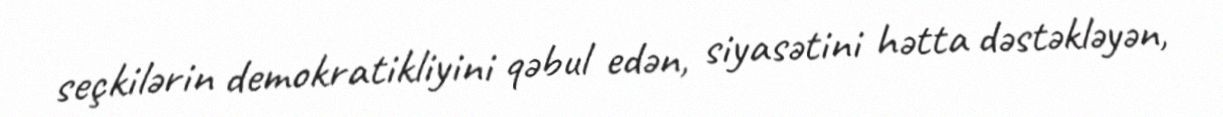
seçkilərin demokratikliyini qəbul edən, siyasətini hətta dəstəkləyən,